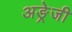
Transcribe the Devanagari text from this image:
अङ्रेजी